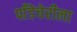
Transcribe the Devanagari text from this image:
पाँडेचेरीला